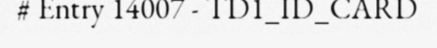
# Entry 14007 - TD1_ID_CARD